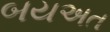
બયઅત